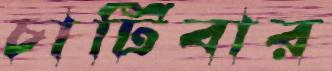
চাটিবার